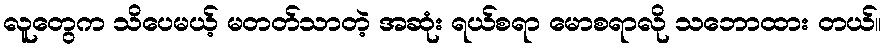
လူတွေက သိပေမယ့် မတတ်သာတဲ့ အဆုံး ရယ်စရာ မောစရာလို သဘောထား တယ်။